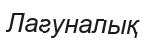
Лагуналық